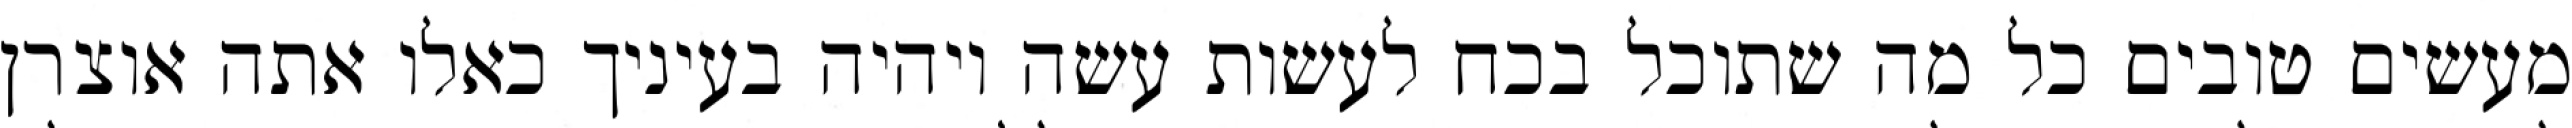
מעשים טובים כל מה שתוכל בכח לעשות עשה ויהיה בעיניך כאלו אתה אוצרן